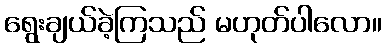
ရွေးချယ်ခဲ့ကြသည် မဟုတ်ပါလော။